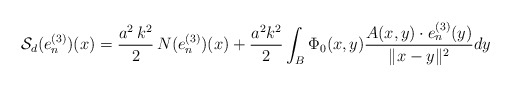
\begin{align*}\mathcal{S}_{d}(e^{(3)}_{n})(x) = \frac{a^{2} \, k^{2}}{2} \, N(e^{(3)}_{n})(x) + \frac{a^{2} k^{2}}{2} \int_{B} \Phi_{0}(x,y) \frac{A(x,y)\cdot e^{(3)}_{n}(y)}{\Vert x -y \Vert^{2}} dy \end{align*}